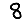
Digit: 8